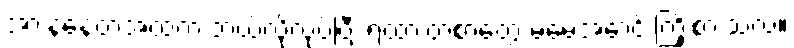
အားနဲနေတဲ့အထဲက ဘယ်လိုလုပ်ပြီး ရထားတဲ့စာတွေ မမေ့အောင် ကြိုးစားသလဲ။